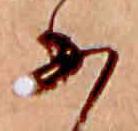
あ